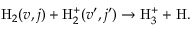
\begin{array} { r } { \mathrm { H } _ { 2 } ( v , j ) + \mathrm { H } _ { 2 } ^ { + } ( v ^ { \prime } , j ^ { \prime } ) \rightarrow \mathrm { H } _ { 3 } ^ { + } + \mathrm { H } . } \end{array}